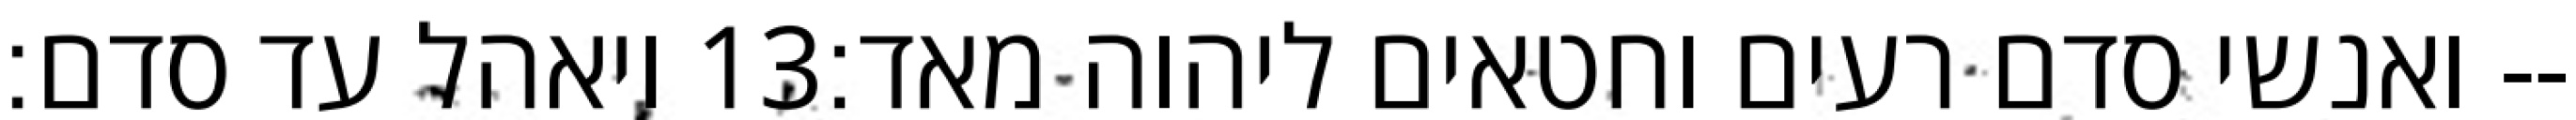
ויאהל עד סדם׃ ‎13‏ ואנשי סדם רעים וחטאים ליהוה מאד׃--